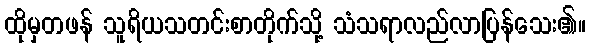
ထိုမှတဖန် သူရိယသတင်းစာတိုက်သို့ သံသရာလည်လာပြန်သေး၏။